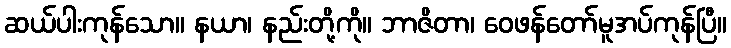
ဆယ်ပါးကုန်သော။ နယာ၊ နည်းတို့ကို။ ဘာဇိတာ၊ ဝေဖန်တော်မူအပ်ကုန်ပြီ။